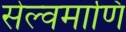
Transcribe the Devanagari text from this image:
सेल्वमाणि